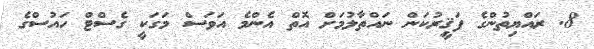
8. ރައްޔިތުންގެ ފަޤީރުކަން ނައްތާލުމަށް އޮތް އެންމެ އަވަސް މަގަކީ ގެސްޓް ހައުސްގެ